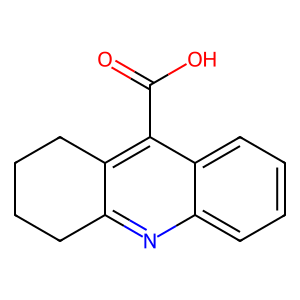
SMILES: O=C(O)c1c2c(nc3ccccc13)CCCC2
Inhibits HIV replication: No